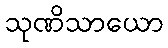
သုဏိသာယော